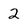
Character: 2